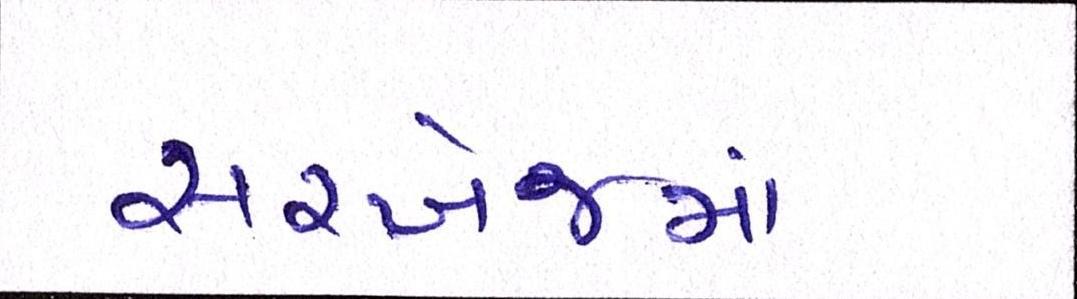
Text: સરખેજમાં